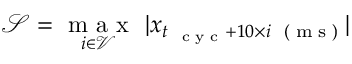
\mathcal S = \underset { i \in \mathcal V } { \mathrm { ~ m ~ a ~ x ~ } } ~ | \boldsymbol x _ { t _ { \mathrm { ~ \tiny ~ c ~ y ~ c ~ } } + 1 0 \times i \mathrm { ~ \tiny ~ ( ~ m ~ s ~ ) ~ } } |